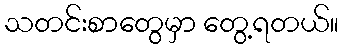
သတင်းစာတွေမှာ တွေ့ရတယ်။